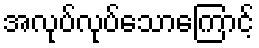
အလုပ်လုပ်သောကြောင့်